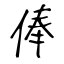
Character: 俸